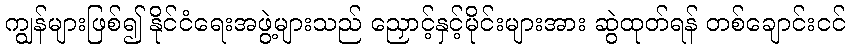
ကျွန်များဖြစ်၍ နိုင်ငံရေးအဖွဲ့များသည် ညှောင့်နှင့်မိုင်းများအား ဆွဲထုတ်ရန် တစ်ချောင်းငင်